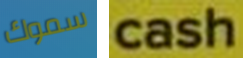
سموك cash